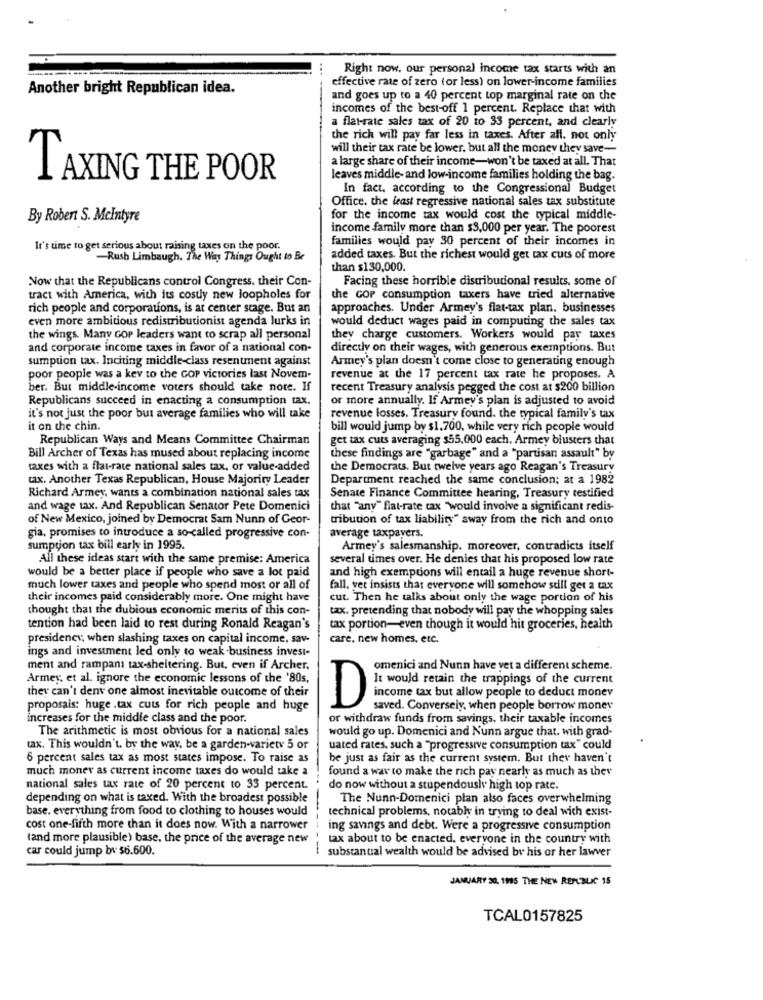
Right now, our personal income tax starts with an
effective rate of zero (or less) on lower-income families
Another bright Republican idea.
and goes up to a 40 percent top marginal rate on the
incomes of the best-off 1 percent. Replace that with
a flat-rate sales tax of 20 to 33 percent, and clearly
the rich will pay far less in taxes. After all. not only
will their tax rate be lower, but all the money they save-
a large share of their income-won't be taxed at all. That
TAXING THE POOR
leaves middle- and low-income families holding the bag.
In fact, according to the Congressional Budget
Office. the least regressive national sales tax substitute
By Robert S. Mcintyre
for the income tax would cost the typical middle-
income family more than $3,000 per year. The poorest
families would pay 30 percent of their incomes in
It's time to get serious about raising taxes on the poor.
-Rush Limbaugh. The Way Things Ought to Be
added taxes. But the richest would get tax cuts of more
than $130,000.
Now that the Republicans control Congress. their Con-
Facing these horrible distributional results, some of
tract with America, with its costly new loopholes for
the GOP consumption taxers have tried alternative
rich people and corporations, is at center stage. But an
approaches. Under Armey's flat-tax plan. businesses
even more ambitious redistributionist agenda lurks in
would deduct wages paid in computing the sales tax
the wings. Many Gop leaders want to scrap all personal
they charge customers. Workers would pay taxes
and corporate income taxes in favor of a national con-
directly on their wages, with generous exemptions. But
sumption tax. Inciting middle-class resentment against
Armey's plan doesn't come close to generating enough
poor people was a key to the GOP victories last Novem-
revenue at the 17 percent tax rate he proposes. A
ber. But middle-income voters should take note. If
recent Treasury analysis pegged the cost at $200 billion
Republicans succeed in enacting a consumption tax.
or more annually. If Armey's plan is adjusted to avoid
it's not just the poor but average families who will take
revenue losses. Treasury found. the typical family's tax
it on the chin.
bill would jump by $1.700, while very rich people would
Republican Ways and Means Committee Chairman
get tax cuts averaging $55,000 each. Armey blusters that
Bill Archer of Texas has mused about replacing income
these findings are "garbage" and a "partisan assault" by
taxes with a flat-rate national sales tax, or value-added
the Democrats. But twelve years ago Reagan's Treasury
tax. Another Texas Republican, House Majority Leader
Department reached the same conclusion; at a 1982
Richard Armey, wants a combination national sales tax
Senate Finance Committee hearing, Treasury testified
and wage tax. And Republican Senator Pete Domenici
that "any" fiat-rate tax "would involve a significant redis-
of New Mexico, joined by Democrat Sam Nunn of Geor-
tibution of tax liability" away from the rich and onto
gia, promises to introduce a so-called progressive con-
average taxpayers.
sumption tax bill early in 1995.
Armey's salesmanship. moreover, contradicts itself
All these ideas start with the same premise: America
several times over. He denies that his proposed low rate
would be a better place if people who save a lot paid
and high exemptions will entail a huge revenue short-
much lower taxes and people who spend most or all of
fall. vet insists that everyone will somehow still get a tax
their incomes paid considerably more. One might have
cut. Then he talks about only the wage portion of his
thought that the dubious economic merits of this con-
tax. pretending that nobody will pay the whopping sales
tention had been laid to rest during Ronald Reagan's
tax portion-even though it would hit groceries, health
presidency; when slashing taxes on capital income, sav-
care. new homes, etc.
ings and investment led only to weak business invest-
ment and rampant tax-sheltering. But, even if Archer,
omenici and Nunn have vet a different scheme.
Armey, et al. ignore the economic lessons of the '80s,
It would retain the trappings of the current
they can't denv one almost inevitable outcome of their
income tax but allow people to deduct money
proposais: huge .tax cuts for rich people and huge
D
saved. Conversely, when people borrow money
increases for the middle class and the poor.
or withdraw funds from savings. their taxable incomes
The arithmetic is most obvious for a national sales
would go up. Domenici and Nunn argue that. with grad-
tax. This wouldn't. by the way, be a garden-variety 5 or
uated rates, such a "progressive consumption tax " could
6 percent sales tax as most states impose. To raise as
be just as fair as the current system. But they haven't
much money as current income taxes do would take a
found a way to make the rich pay nearly as much as they
national sales tax rate of 20 percent to 33 percent.
do now without a stupendously high top rate.
depending on what is taxed. With the broadest possible
The Nunn-Domenici plan also faces overwhelming
base. everything from food to clothing to houses would
technical problems, notably in trying to deal with exist-
cost one-fifth more than it does now. With a narrower
ing savings and debt. Were a progressive consumption
(and more plausible) base, the price of the average new
tax about to be enacted. everyone in the country with
car could jump bv $6.600.
substantial wealth would be advised by his or her lawver
JANUARY 30, 1995 THE NEW REPUBLIC 15
TCAL0157825